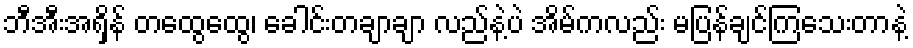
ဘီအီးအရှိန် တထွေထွေ၊ ခေါင်းတချာချာ လည်နဲ့ပဲ အိမ်ကလည်း မပြန်ချင်ကြသေးတာနဲ့